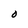
Character: O